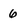
Character: 6